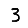
Digit: 3